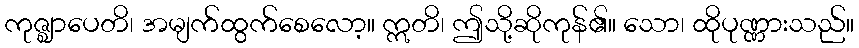
ကုဇ္ဈာပေတိ၊ အမျက်ထွက်စေလော့။ ဣတိ၊ ဤသို့ဆိုကုန်၏။ သော၊ ထိုပုဏ္ဏားသည်။